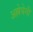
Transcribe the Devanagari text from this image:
अल्लेघेनी